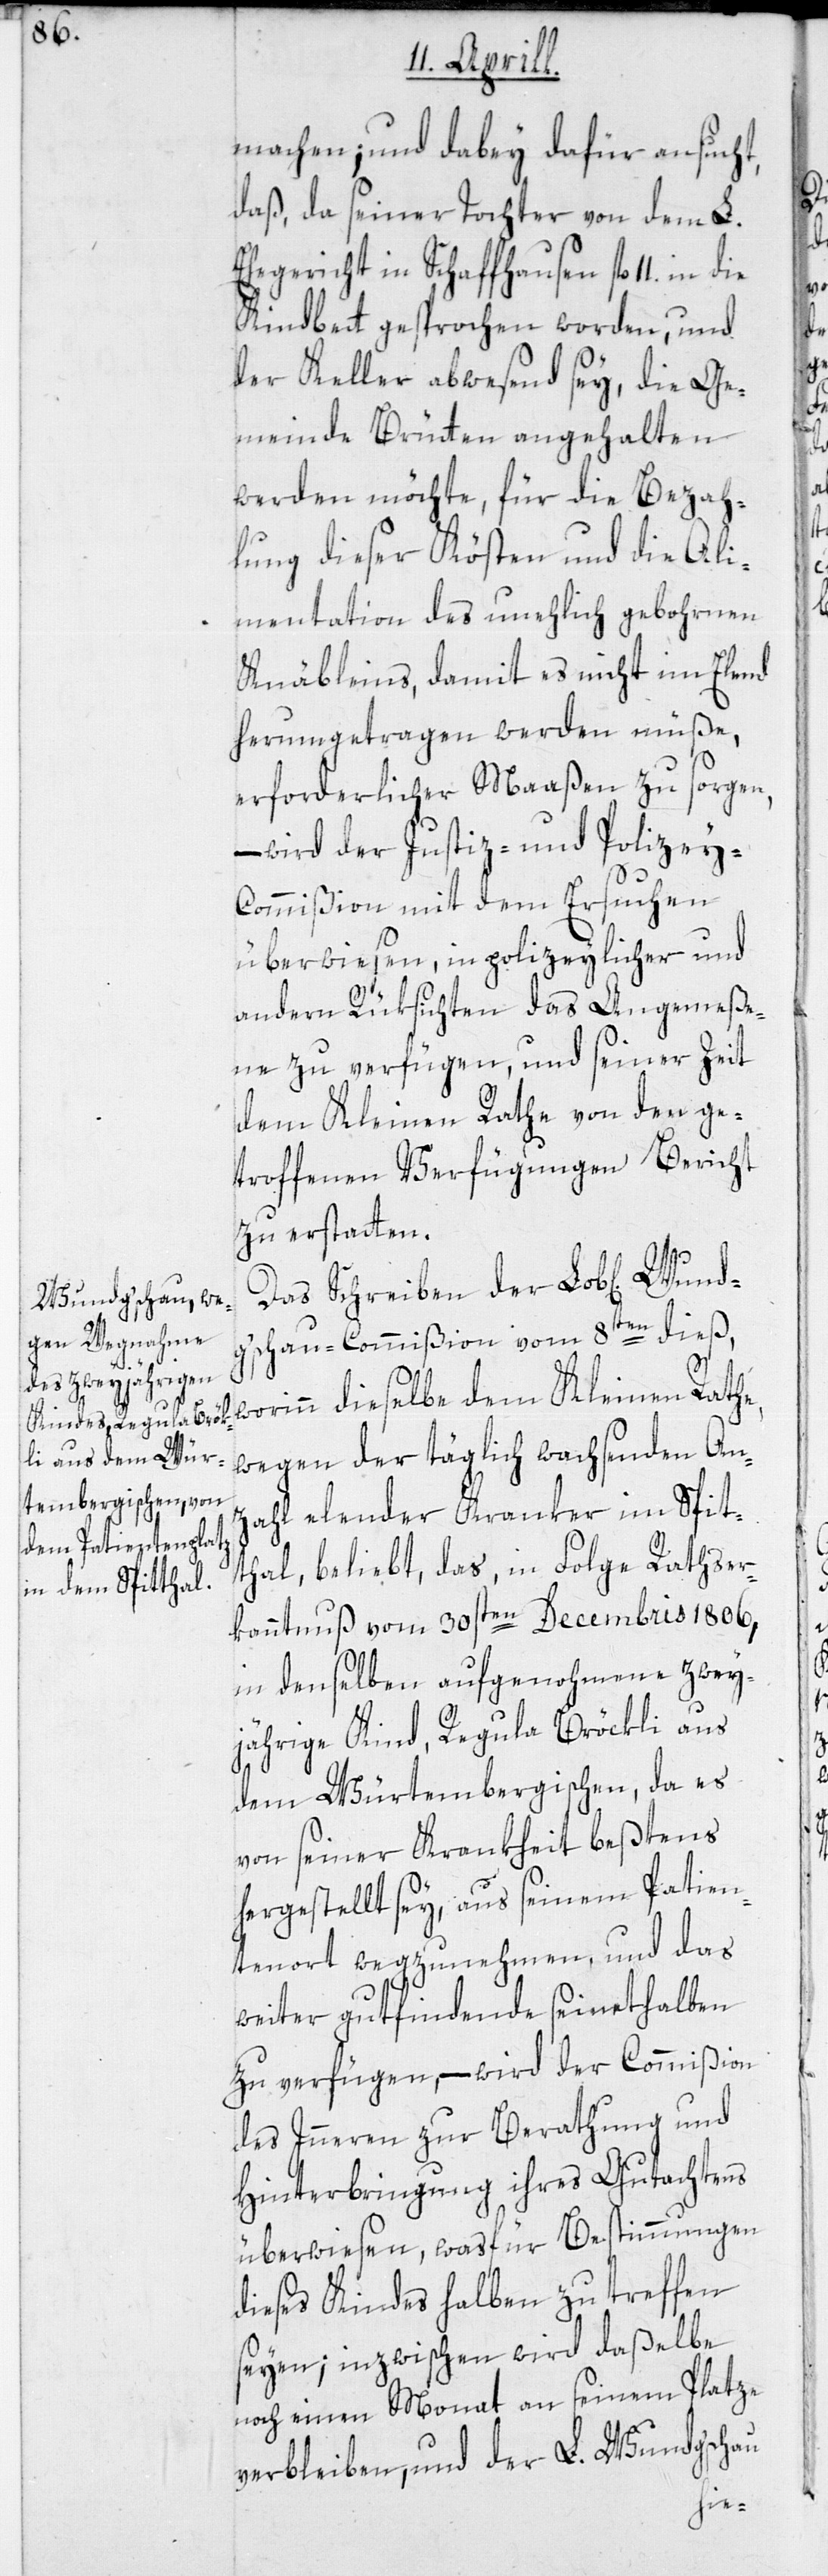
w¬

machen; und dabey dafür ansucht,
daß, da seiner Tochter von dem L.
Ehegericht in Schaffhausen fl. 11 in
Kindbett gesprochen worden, und
der Keller abwesend sey, die Ge¬
meinde Brütten angehalten
werden möchte, für die Bezah¬
lung dieser Kösten und die Ali¬
mentation des unehelich gebohrnen
Knäbleins, damit es nicht im Elend
herumgetragen werden müße,
erforderlicher Maaßen zu sorgen,
wird der Justiz- und Polizey-C¬
ommißion mit dem Ersuchen
überwiesen, in polizeylicher und
andern Rüksichten das Angemeße¬
ne zu verfügen, und seiner Zeit
dem Kleinen Rathe von den ge¬
troffenen Verfügungen Bericht
zu erstatten.
Das Schreiben der Lob[lichen]
g’schau-Commißion vom 8ten dieß,
orinn dieselbe dem Kleinen Rathe,
wegen der täglich wachsenden An¬
zahl elender Kranker im Spit¬
thal, beliebt, das, in Folge Rathser¬
kanntnuß vom 30sten Decembris 1806,
in denselben aufgenohmene zwey¬
jährige Kind, Regula Bröckli aus
dem Würtembergischen, da es
von seiner Krankheit beßtens
hergestellt sey, aus seinem Patien¬
tenort wegzunehmen, und das
weiter gutfindende seinethalben
zu verfügen, – wird der Commißion
des Inneren zur Berathung und
Hinterbringung ihres Gutachtens
überwiesen, was für Bestimmungen
dieses Kindes halben zu treffen
seyen; inzwischen wird daßelbe
noch einen Monat an seinem Platze
verbleiben, und der L. Wundgschau